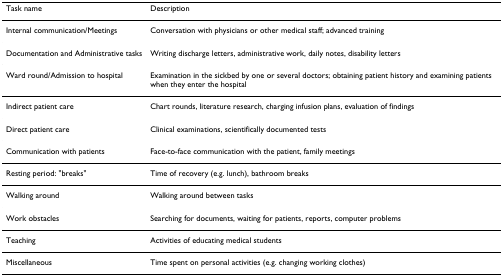
<table><thead><tr><td><b>Task name</b></td><td><b>Description</b></td></tr></thead><tbody><tr><td>Internal communication/Meetings</td><td>Conversation with physicians or other medical staff; advanced training</td></tr><tr><td>Documentation and Administrative tasks</td><td>Writing discharge letters, administrative work, daily notes, disability letters</td></tr><tr><td>Ward round/Admission to hospital</td><td>Examination in the sickbed by one or several doctors; obtaining patient history and examining patients when they enter the hospital</td></tr><tr><td>Indirect patient care</td><td>Chart rounds, literature research, charging infusion plans, evaluation of findings</td></tr><tr><td>Direct patient care</td><td>Clinical examinations, scientifically documented tests</td></tr><tr><td>Communication with patients</td><td>Face-to-face communication with the patient, family meetings</td></tr><tr><td>Resting period: &quot;breaks&quot;</td><td>Time of recovery (e.g. lunch), bathroom breaks</td></tr><tr><td>Walking around</td><td>Walking around between tasks</td></tr><tr><td>Work obstacles</td><td>Searching for documents, waiting for patients, reports, computer problems</td></tr><tr><td>Teaching</td><td>Activities of educating medical students</td></tr><tr><td>Miscellaneous</td><td>Time spent on personal activities (e.g. changing working clothes)</td></tr></tbody></table>